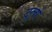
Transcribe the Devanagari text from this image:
टूलो